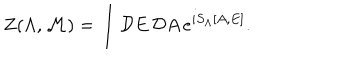
LaTeX: Z ( \Lambda , { \cal M } ) = \int { \cal D } E \, { \cal D } A \, e ^ { i S _ { \Lambda } [ A , E ] } .